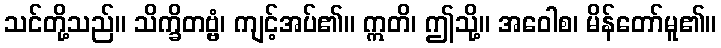
သင်တို့သည်။ သိက္ခိတဗ္ဗံ၊ ကျင့်အပ်၏။ ဣတိ၊ ဤသို့။ အဝေါစ၊ မိန်တော်မူ၏။